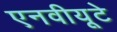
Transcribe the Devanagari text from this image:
एनवीयूटे